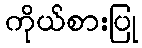
ကိုယ်စားပြု